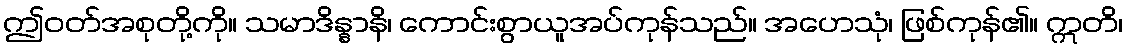
ဤဝတ်အစုတို့ကို။ သမာဒိန္နာနိ၊ ကောင်းစွာယူအပ်ကုန်သည်။ အဟေသုံ၊ ဖြစ်ကုန်၏။ ဣတိ၊